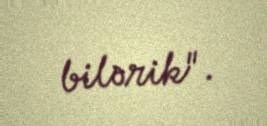
bilərik".